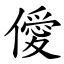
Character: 僾